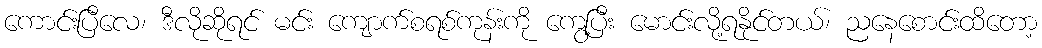
ကောင်းပြီလေ၊ ဒီလိုဆိုရင် မင်း ကျောက်စရစ်ကုန်းကို ကွေ့ပြီး မောင်းလို့ရနိုင်တယ်၊ ညနေစောင်းထိတော့